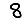
Digit: 8